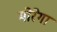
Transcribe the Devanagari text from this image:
मोरेगा